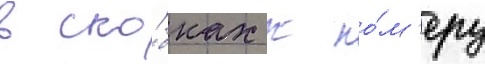
В ско́бках к но́м'еру